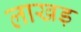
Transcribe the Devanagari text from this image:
लाखड़